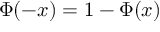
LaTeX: \Phi ( - x ) = 1 - \Phi ( x )